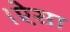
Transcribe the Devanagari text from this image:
।ऐसा